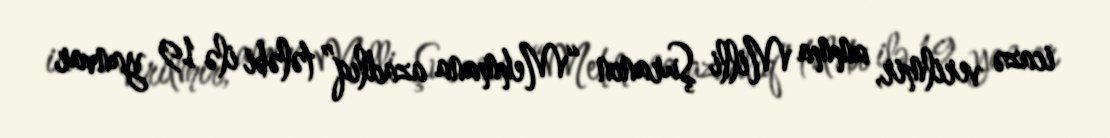
icazə verilmir, amma Milli Şuranın “Mehmana azadlıq” tələbi ilə 19 yanvar